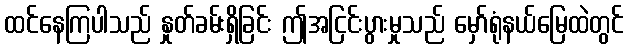
ထင်နေကြပါသည် နှုတ်ခမ်းရှိခြင်း ဤအငြင်းပွားမှုသည် မှော်ရုံနယ်မြေထဲတွင်